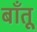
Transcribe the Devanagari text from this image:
बाँतू